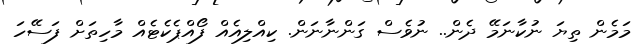
މަމެން ތިޔަ ނުކާނަމޭ ދެން.. ނުވެސް ގަންނާނަން. ކިއްލިއެއް ފޯއްޕެކެޓެއް މާހިތަށް ފަސޭހަ